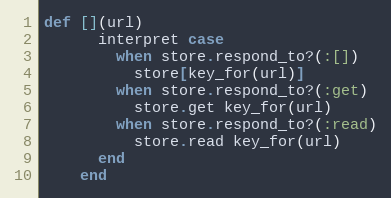
Language: Ruby
def [](url)
      interpret case
        when store.respond_to?(:[])
          store[key_for(url)]
        when store.respond_to?(:get)
          store.get key_for(url)
        when store.respond_to?(:read)
          store.read key_for(url)
      end
    end